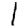
Digit: 1